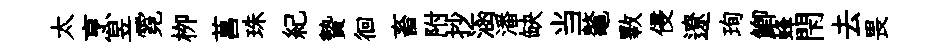
太烹昱霓栁菖珠紀贄徊畜附抄涵潘缺当鼇斁侵遼珣鯽蜂閇去畏